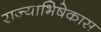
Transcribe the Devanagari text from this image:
राज्याभिषेकास